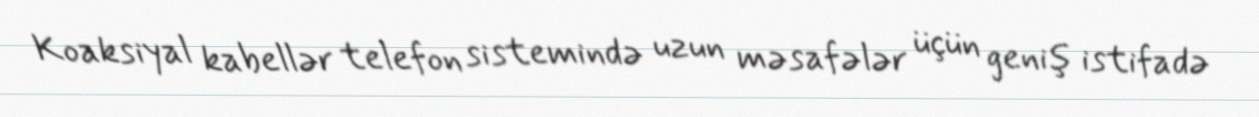
Koaksiyal kabellər telefon sistemində uzun məsafələr üçün geniş istifadə